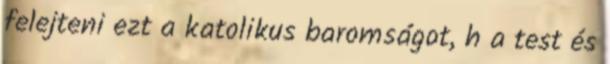
felejteni ezt a katolikus baromságot, h a test és